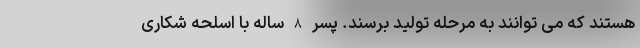
هستند که می توانند به مرحله تولید برسند. پسر 8 ساله با اسلحه شکاری